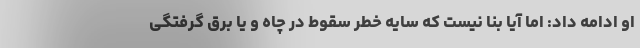
او ادامه داد: اما آیا بنا نیست که سایه خطر سقوط در چاه و یا برق گرفتگی